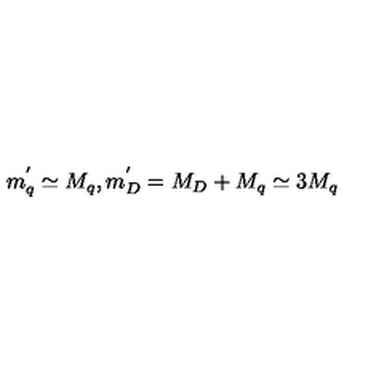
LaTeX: m _ { q } ^ { ' } \simeq M _ { q } , m _ { D } ^ { ' } = M _ { D } + M _ { q } \simeq 3 M _ { q }